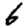
Digit: 6